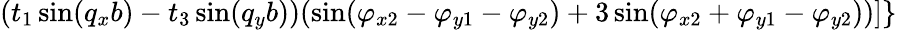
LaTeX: (t_{1}\sin(q_{x}b)-t_{3}\sin(q_{y}b))(\sin(\varphi_{x2}-\varphi_{y1}-\varphi_{y2})+3\sin(\varphi_{x2}+\varphi_{y1}-\varphi_{y2}))]\}